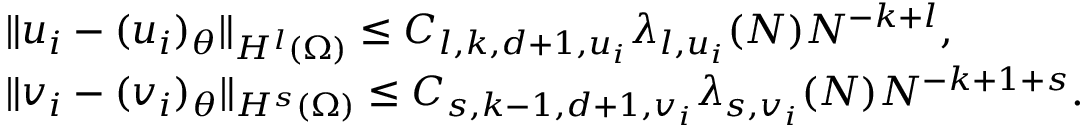
\begin{array} { r l } & { \| u _ { i } - ( u _ { i } ) _ { \theta } \| _ { H ^ { l } ( \Omega ) } \leq C _ { l , k , d + 1 , u _ { i } } \lambda _ { l , u _ { i } } ( N ) N ^ { - k + l } , } \\ & { \| v _ { i } - ( v _ { i } ) _ { \theta } \| _ { H ^ { s } ( \Omega ) } \leq C _ { s , k - 1 , d + 1 , v _ { i } } \lambda _ { s , v _ { i } } ( N ) N ^ { - k + 1 + s } . } \end{array}